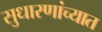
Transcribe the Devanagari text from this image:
सुधारणांच्यात